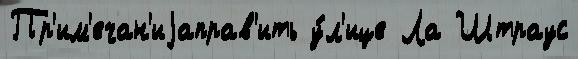
Пр'им'ечан'иjаправ'ить у́л'ице Ла Штраус